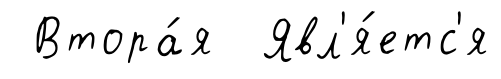
Втора́я Явл'я́етс'я